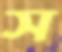
স